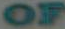
OF